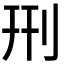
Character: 𠛬